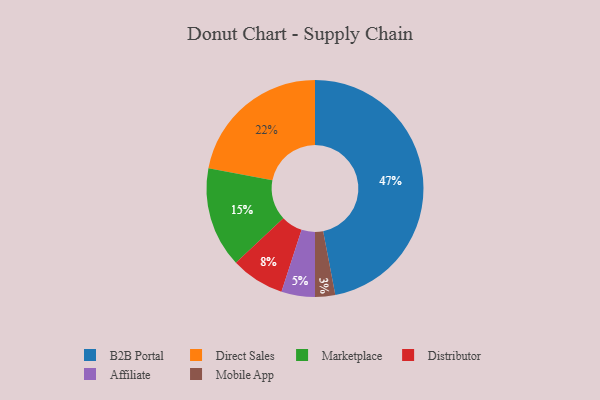
{"axis": {"x": "Category", "y": "Percentage"}, "legend": ["Affiliate", "B2B Portal", "Direct Sales", "Distributor", "Marketplace", "Mobile App"], "data": [{"x": "Affiliate", "y": 5, "type": "Affiliate"}, {"x": "Marketplace", "y": 15, "type": "Marketplace"}, {"x": "Direct Sales", "y": 22, "type": "Direct Sales"}, {"x": "Mobile App", "y": 3, "type": "Mobile App"}, {"x": "B2B Portal", "y": 47, "type": "B2B Portal"}, {"x": "Distributor", "y": 8, "type": "Distributor"}]}